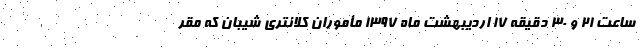
ساعت ۲۱ و ۳۰ دقیقه ۱۷ اردیبهشت ماه ۱۳۹۷ مأموران کلانتری شیبان که مقر